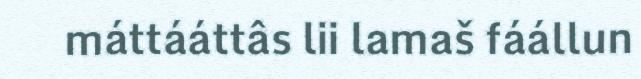
máttááttâs lii lamaš fáállun